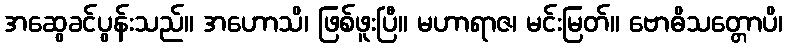
အဆွေခင်ပွန်းသည်။ အဟောသိ၊ ဖြစ်ဖူးပြီ။ မဟာရာဇ၊ မင်းမြတ်။ ဗောဓိသတ္တောပိ၊